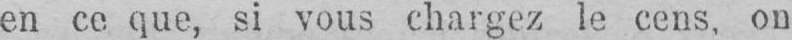
en ce que, si vous chargez le cens, ou